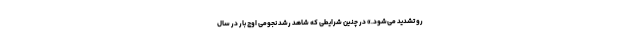
رو تشدید می‌شود.» در چنین شرایطی که شاهد رشد نجومی اوج بار در سال